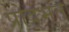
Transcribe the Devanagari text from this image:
प्रोद्भुत